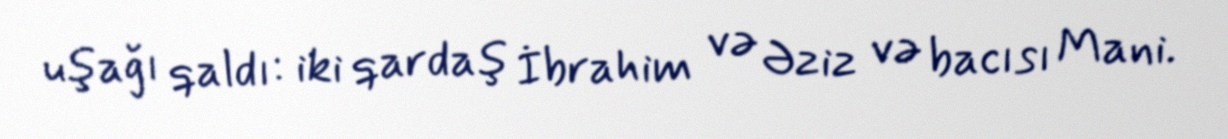
uşağı qaldı: iki qardaş İbrahim və Əziz və bacısı Mani.